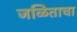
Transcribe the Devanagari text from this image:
जळिताचा